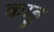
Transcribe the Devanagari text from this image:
काड्डू